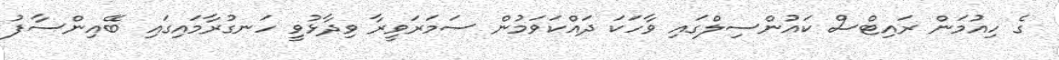
ގެ ހިއުމަން ރައިޓްސް ކައުންސިލްގައި ވާހަކަ ދައްކަވަމުން ސަމަރަވީރާ ވިދާޅުވީ ހަނގުރާމައިގައި ބޭއިންސާފު